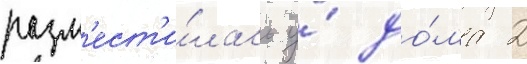
разм'ест'и́лась у́ до́ма 2